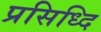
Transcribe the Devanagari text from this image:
प्रसिध्दि